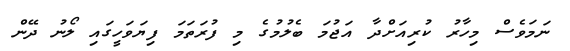
ނަމަވެސް މިހާރު ކުރިއަށްދާ އަޖުމަ ބެލުމުގެ މި ފުރަތަމަ ފިޔަވަހީގައި ލޯނު ދޭން